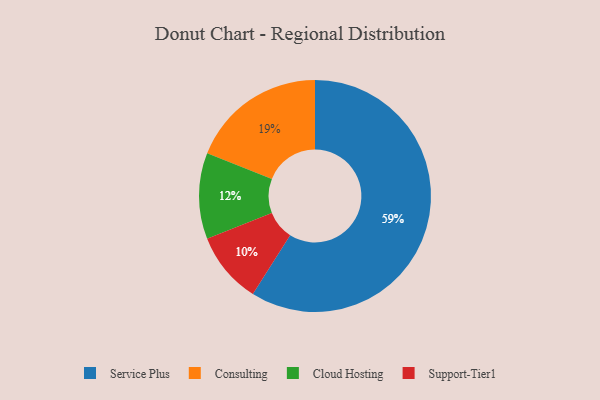
{"axis": {"x": "Category", "y": "Percentage"}, "legend": ["Cloud Hosting", "Consulting", "Service Plus", "Support-Tier1"], "data": [{"x": "Service Plus", "y": 59, "type": "Service Plus"}, {"x": "Cloud Hosting", "y": 12, "type": "Cloud Hosting"}, {"x": "Consulting", "y": 19, "type": "Consulting"}, {"x": "Support-Tier1", "y": 10, "type": "Support-Tier1"}]}